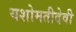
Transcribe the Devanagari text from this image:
यशोमतीदेवी